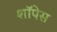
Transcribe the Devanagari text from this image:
शॉपेस